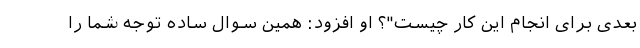
بعدی برای انجام این کار چیست"؟ او افزود: همین سوال ساده توجه شما را